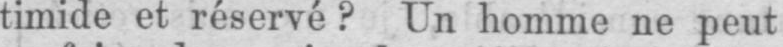
timide et réservé? Un homme ne peut